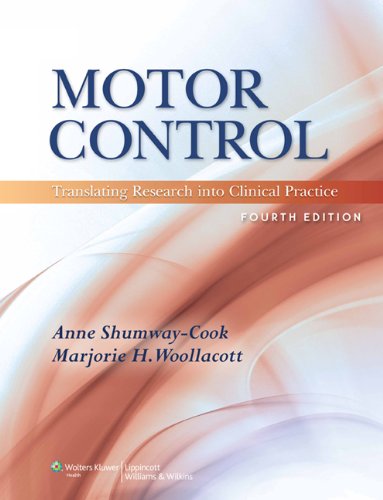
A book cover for Motor Control: Translating Research into Clinical Practice; Anne Shumway-Cook PT  PhD  FAPTA; Medical Books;